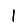
Digit: 1